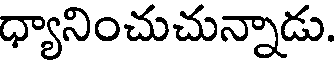
ధ్యానించుచున్నాడు.